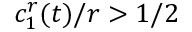
c _ { 1 } ^ { r } ( t ) / r > 1 / 2